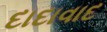
દાદાવાદ